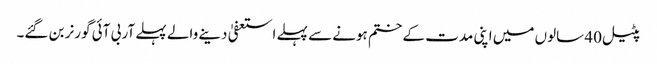
پٹیل 40 سالوں میں اپنی مدت کے ختم ہونے سے پہلے استعفیٰ دینے والے پہلے آر بی آئی گورنر بن گئے۔